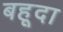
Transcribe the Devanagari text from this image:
बहूदा